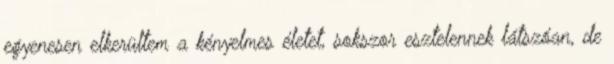
egyenesen elkerültem a kényelmes életet, sokszor esztelennek látszóan, de